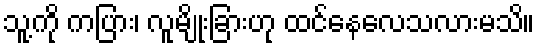
သူ့ကို ကပြား၊ လူမျိုးခြားဟု ထင်နေလေသလားမသိ။